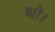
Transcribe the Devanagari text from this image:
थाे।